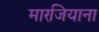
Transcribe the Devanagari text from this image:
मारजियाना